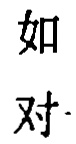
如
对